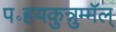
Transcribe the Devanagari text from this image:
प॰हयकुन्नुम्मॅल्